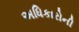
અધિકારોની